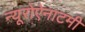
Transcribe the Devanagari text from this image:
न्यूरोऐनाटमी